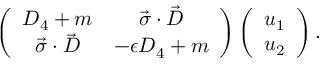
\left( \begin{array} { c c } { { D _ { 4 } + m } } & { { \vec { \sigma } \cdot \vec { D } } } \\ { { \vec { \sigma } \cdot \vec { D } } } & { { - \epsilon D _ { 4 } + m } } \end{array} \right) \left( \begin{array} { c } { { u _ { 1 } } } \\ { { u _ { 2 } } } \end{array} \right) .